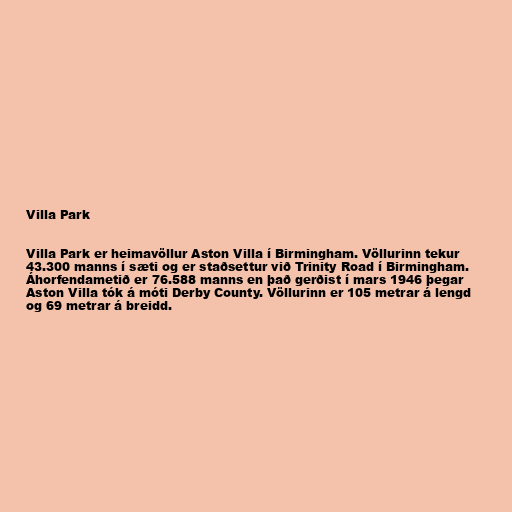
Villa Park

Villa Park er heimavöllur Aston Villa í Birmingham. Völlurinn tekur
43.300 manns í sæti og er staðsettur við Trinity Road í Birmingham.
Áhorfendametið er 76.588 manns en það gerðist í mars 1946 þegar
Aston Villa tók á móti Derby County. Völlurinn er 105 metrar á lengd
og 69 metrar á breidd.